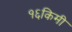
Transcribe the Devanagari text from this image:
१६किमी